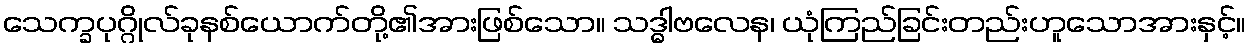
သေက္ခပုဂ္ဂိုလ်ခုနစ်ယောက်တို့၏အားဖြစ်သော။ သဒ္ဓါဗလေန၊ ယုံကြည်ခြင်းတည်းဟူသောအားနှင့်။